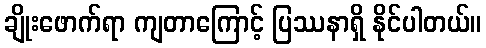
ချိုးဖောက်ရာ ကျတာကြောင့် ပြဿနာရှိ နိုင်ပါတယ်။